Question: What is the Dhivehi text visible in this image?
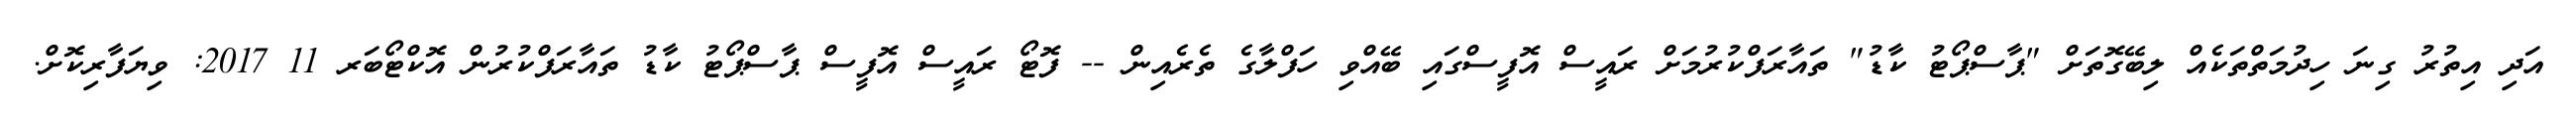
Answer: އަދި އިތުރު ގިނަ ހިދުމަތްތަކެއް ލިބޭގޮތަށް "ޕާސްޕޯޓު ކާޑު" ތައާރަފްކުރުމަށް ރައީސް އޮފީސްގައި ބޭއްވި ހަފްލާގެ ތެރެއިން -- ފޮޓޯ ރައީސް އޮފީސް ޕާސްޕޯޓު ކާޑު ތައާރަފްކުރުން އޮކްޓޯބަރ 11 2017: ވިޔަފާރިކޮށް.